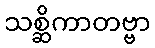
သစ္ဆိကာတဗ္ဗာ